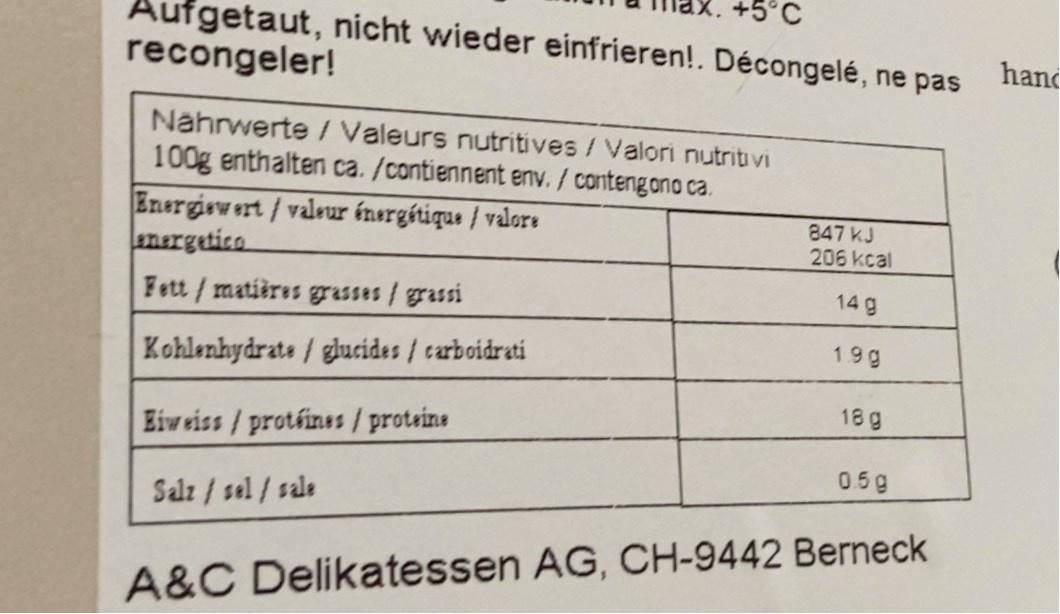
Aufgetaut, nicht wieder einfrieren!. Décongelé, ne pas recongeler!
hand
Nährwerte / Valeurs nutritives /Valori nutritivi 100g enthalten ca. /contiennent env. / conteng ano ca. Energiew ert / valeur énergétique / valore nergetica Fett/ matières gsses / grassi
847 kJ 206 kcal
14 g
19g
Kohlenhydrate / glucides / carboidrati
18 g
Eiweiss/ protéines / proteine
0.5g
Salz / sel / sale
A&C Delikatessen AG, CH-9442 Berneck